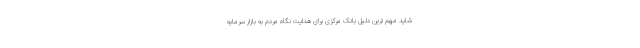
شاید مهم ترین دلیل بانک مرکزی برای هدایت نگاه مردم به بازار سرمایه